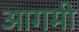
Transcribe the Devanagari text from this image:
आगमी